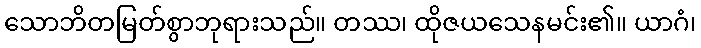
သောဘိတမြတ်စွာဘုရားသည်။ တဿ၊ ထိုဇယသေနမင်း၏။ ယာဂံ၊